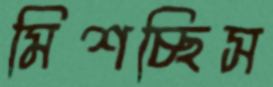
মিশচ্ছিস